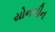
યોનગીન